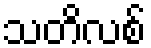
သတိလစ်